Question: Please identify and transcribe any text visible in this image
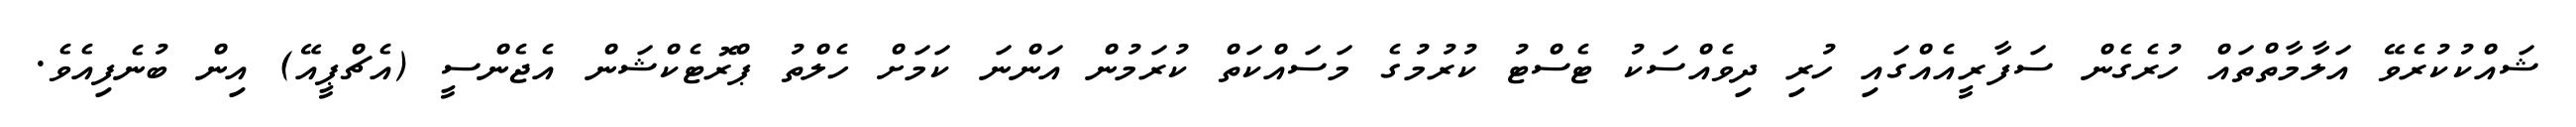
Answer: ޝައްކުކުރެވޭ އަލާމާތްތައް ހުރެގެން ސަފާރީއެއްގައި ހުރި ދިވެއްސަކު ޓެސްޓު ކުރުމުގެ މަސައްކަތް ކުރަމުން އަންނަ ކަމަށް ހެލްތު ޕްރޮޓެކްޝަން އެޖެންސީ (އެޗްޕީއޭ) އިން ބުނެފިއެވެ.